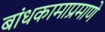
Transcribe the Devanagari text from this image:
बांधकामाप्रमाणे